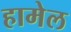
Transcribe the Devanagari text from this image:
हामेल